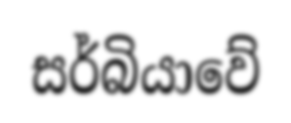
සර්බියාවේ